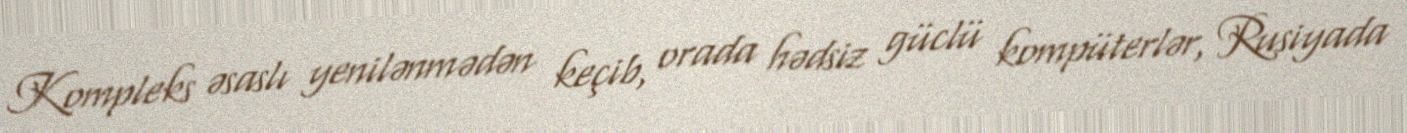
Kompleks əsaslı yenilənmədən keçib, orada hədsiz güclü kompüterlər, Rusiyada